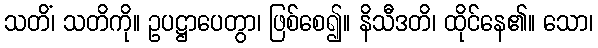
သတိံ၊ သတိကို။ ဥပဋ္ဌာပေတွာ၊ ဖြစ်စေ၍။ နိသီဒတိ၊ ထိုင်နေ၏။ သော၊